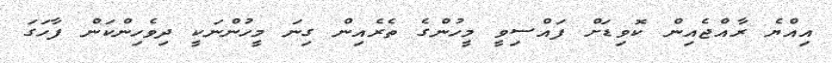
އިއްޔެ ރާއްޖެއިން ކޮވިޑަށް ފައްސިވީ މީހުންގެ ތެރެއިން ގިނަ މީހުންނަކީ ދިވެހިންކަން ފާހަގަ